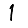
Digit: 1